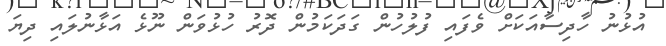
އުޅުނު ހާދިސާއަކަށް ވެފައި ފުލުހުން ގަދަކަމުން ދޮރު ހުޅުވަން ނޫޅެ އަޅާނުލައި ދިޔަ